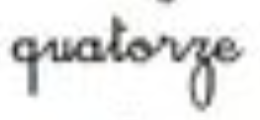
quatorze